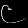
Digit: ၉